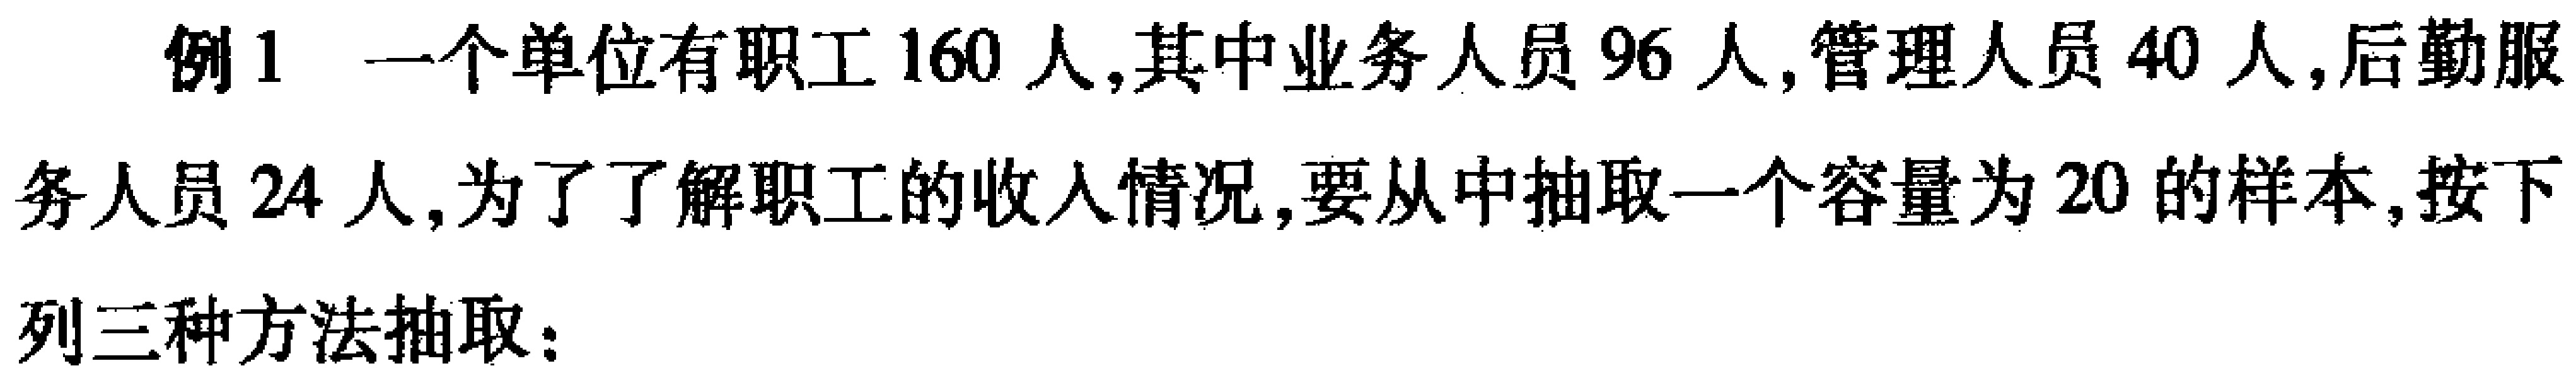
例1 一个单位有职工$160$人,其中业务人员$96$人,管理人员$40$人,后勤服务人员$24$人,为了了解职工的收入情况,要从中抽取一个容量为$20$的样本,按下列三种方法抽取：